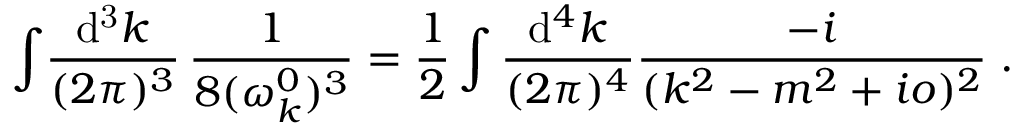
\int \! \frac { \mathrm { d ^ { 3 } } k } { ( 2 \pi ) ^ { 3 } } \, \frac { 1 } { 8 ( \omega _ { k } ^ { 0 } ) ^ { 3 } } = \frac { 1 } { 2 } \int \frac { \mathrm { d } ^ { 4 } k } { ( 2 \pi ) ^ { 4 } } \frac { - i } { ( k ^ { 2 } - m ^ { 2 } + i o ) ^ { 2 } } \; .